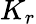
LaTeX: K_{r}